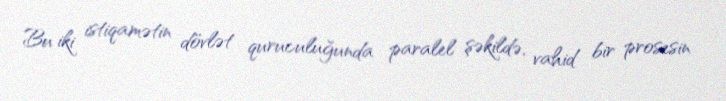
Bu iki istiqamətin dövlət quruculuğunda paralel şəkildə, vahid bir prosesin